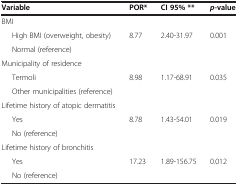
<table><thead><tr><td><b>Variable</b></td><td><b>POR*</b></td><td><b>CI 95% **</b></td><td><b><i>p</i>-value</b></td></tr></thead><tbody><tr><td>BMI</td><td>[EMPTY_CELL]</td><td>[EMPTY_CELL]</td><td>[EMPTY_CELL]</td></tr><tr><td>High BMI (overweight, obesity)</td><td>8.77</td><td>2.40-31.97</td><td>0.001</td></tr><tr><td>Normal (reference)</td><td>[EMPTY_CELL]</td><td>[EMPTY_CELL]</td><td>[EMPTY_CELL]</td></tr><tr><td>Municipality of residence</td><td>[EMPTY_CELL]</td><td>[EMPTY_CELL]</td><td>[EMPTY_CELL]</td></tr><tr><td>Termoli</td><td>8.98</td><td>1.17-68.91</td><td>0.035</td></tr><tr><td>Other municipalities (reference)</td><td>[EMPTY_CELL]</td><td>[EMPTY_CELL]</td><td>[EMPTY_CELL]</td></tr><tr><td>Lifetime history of atopic dermatitis</td><td>[EMPTY_CELL]</td><td>[EMPTY_CELL]</td><td>[EMPTY_CELL]</td></tr><tr><td>Yes</td><td>8.78</td><td>1.43-54.01</td><td>0.019</td></tr><tr><td>No (reference)</td><td>[EMPTY_CELL]</td><td>[EMPTY_CELL]</td><td>[EMPTY_CELL]</td></tr><tr><td>Lifetime history of bronchitis</td><td>[EMPTY_CELL]</td><td>[EMPTY_CELL]</td><td>[EMPTY_CELL]</td></tr><tr><td>Yes</td><td>17.23</td><td>1.89-156.75</td><td>0.012</td></tr><tr><td>No (reference)</td><td>[EMPTY_CELL]</td><td>[EMPTY_CELL]</td><td>[EMPTY_CELL]</td></tr></tbody></table>